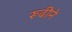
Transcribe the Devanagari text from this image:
रूढीने